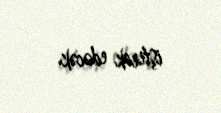
iştirak edəcək.